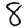
Digit: 8